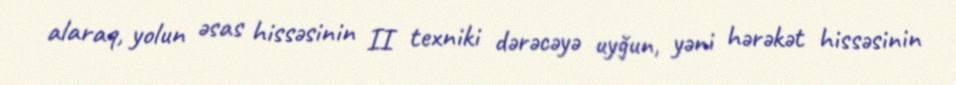
alaraq, yolun əsas hissəsinin II texniki dərəcəyə uyğun, yəni hərəkət hissəsinin